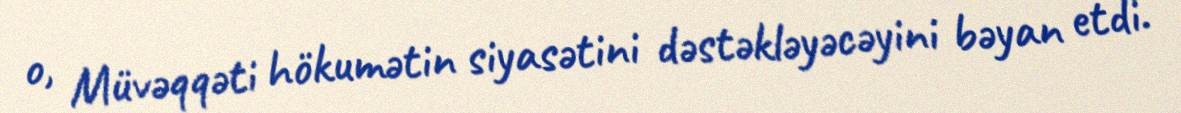
o, Müvəqqəti hökumətin siyasətini dəstəkləyəcəyini bəyan etdi.